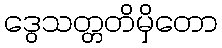
ဒွေသတ္တတိမှိတော